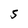
Character: S